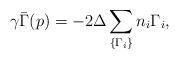
LaTeX: \begin{align*}\gamma \bar \Gamma(p) = -2 \Delta\sum_{\{\Gamma_i\}} n_i \Gamma_i,\end{align*}